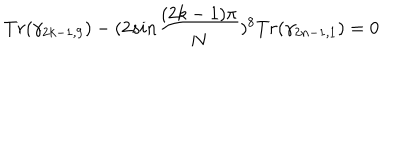
LaTeX: T r ( \gamma _ { 2 k - 1 , 9 } ) - ( 2 s i n { \frac { ( 2 k - 1 ) \pi } { N } } ) ^ { 8 } T r ( \gamma _ { 2 n - 1 , 1 } ) = 0